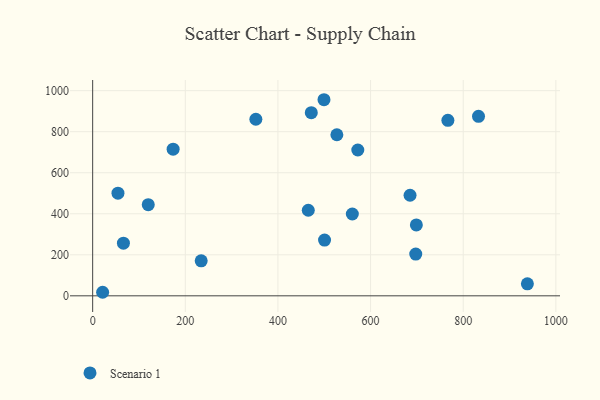
{"axis": {"x": "Engine Size", "y": "Yield"}, "legend": ["Scenario 1"], "data": [{"x": "697.5", "y": 203.4, "type": "Scenario 1"}, {"x": "465.5", "y": 417.2, "type": "Scenario 1"}, {"x": "66.4", "y": 256.8, "type": "Scenario 1"}, {"x": "21.5", "y": 17.3, "type": "Scenario 1"}, {"x": "472.0", "y": 892.6, "type": "Scenario 1"}, {"x": "766.9", "y": 855.6, "type": "Scenario 1"}, {"x": "352.3", "y": 860.6, "type": "Scenario 1"}, {"x": "685.2", "y": 490.1, "type": "Scenario 1"}, {"x": "500.6", "y": 271.9, "type": "Scenario 1"}, {"x": "938.5", "y": 58.6, "type": "Scenario 1"}, {"x": "173.7", "y": 714.6, "type": "Scenario 1"}, {"x": "698.8", "y": 345.4, "type": "Scenario 1"}, {"x": "527.2", "y": 785.1, "type": "Scenario 1"}, {"x": "499.4", "y": 955.8, "type": "Scenario 1"}, {"x": "560.6", "y": 398.7, "type": "Scenario 1"}, {"x": "120.0", "y": 444.4, "type": "Scenario 1"}, {"x": "572.4", "y": 710.8, "type": "Scenario 1"}, {"x": "234.3", "y": 170.4, "type": "Scenario 1"}, {"x": "54.6", "y": 500.2, "type": "Scenario 1"}, {"x": "833.0", "y": 875.0, "type": "Scenario 1"}]}